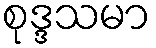
စုဒ္ဒသမာ